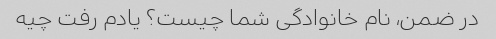
در ضمن، نام خانوادگی شما چیست؟ یادم رفت چیه